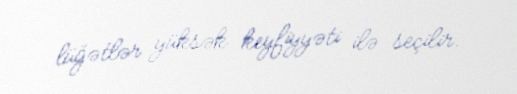
lüğətlər yüksək keyfiyyəti ilə seçilir.